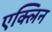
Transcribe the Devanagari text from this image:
एक्लिन